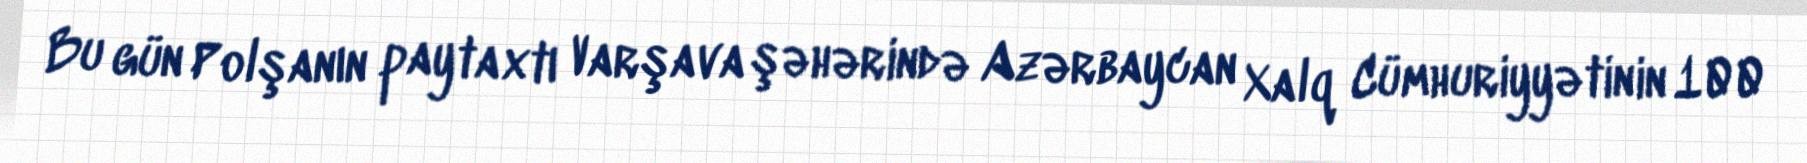
Bu gün Polşanın paytaxtı Varşava şəhərində Azərbaycan Xalq Cümhuriyyətinin 100